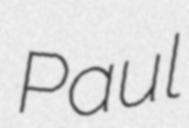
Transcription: Paul